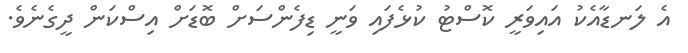
އެ ލަނޑާއެކު އައިވަރީ ކޮސްޓު ކުޅެފައި ވަނީ ޑިފެންސަށް ބޮޑަށް އިސްކަން ދީގެނެވެ.